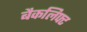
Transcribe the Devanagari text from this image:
बैकलिफ्ट